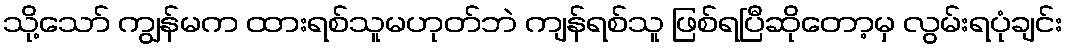
သို့သော် ကျွန်မက ထားရစ်သူမဟုတ်ဘဲ ကျန်ရစ်သူ ဖြစ်ရပြီဆိုတော့မှ လွမ်းရပုံချင်း